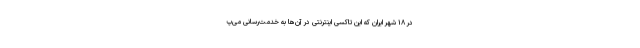
در ۱۸ شهر ایران که این تاکسی اینترنتی در آن‌ها به خدمت‌رسانی می‌پ